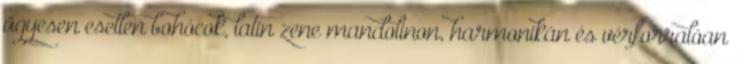
ügyesen esetlen bohócok, latin zene mandolinon, harmonikán és vérforralóan